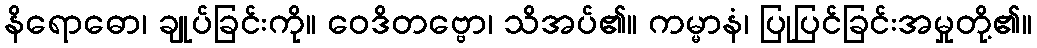
နိရောဓော၊ ချုပ်ခြင်းကို။ ဝေဒိတဗ္ဗော၊ သိအပ်၏။ ကမ္မာနံ၊ ပြုပြင်ခြင်းအမှုတို့၏။